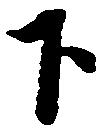
下